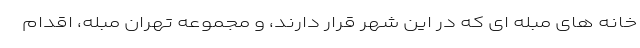
خانه های مبله ای که در این شهر قرار دارند، و مجموعه تهران مبله، اقدام